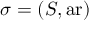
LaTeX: \sigma = ( S , \operatorname { a r } )